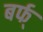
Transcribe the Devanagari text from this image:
बर्फ्